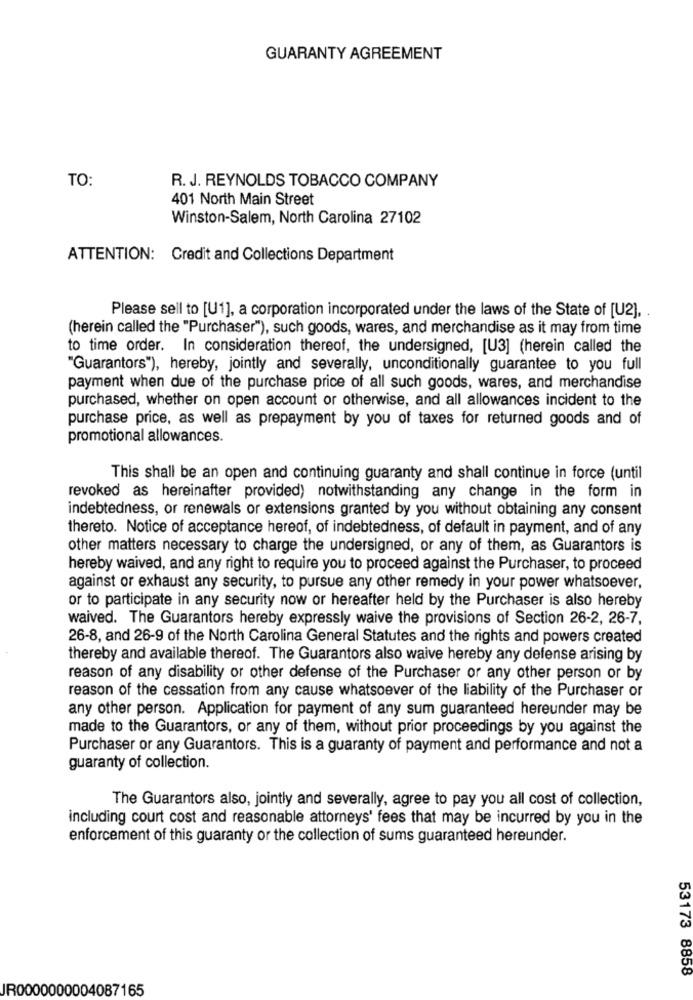
GUARANTY AGREEMENT
TO:
R. J. REYNOLDS TOBACCO COMPANY
401 North Main Street
Winston-Salem, North Carolina 27102
ATTENTION: Credit and Collections Department
Please sell to [U1], a corporation incorporated under the laws of the State of [U2],
(herein called the "Purchaser"), such goods, wares, and merchandise as it may from time
to time order. In consideration thereof, the undersigned, [U3] (herein called the
"Guarantors"), hereby, jointly and severally, unconditionally guarantee to you full
payment when due of the purchase price of all such goods, wares, and merchandise
purchased, whether on open account or otherwise, and all allowances incident to the
purchase price, as well as prepayment by you of taxes for returned goods and of
promotional allowances.
This shall be an open and continuing guaranty and shall continue in force (until
revoked as hereinafter provided) notwithstanding any change in the form in
indebtedness, or renewals or extensions granted by you without obtaining any consent
thereto. Notice of acceptance hereof, of indebtedness, of default in payment, and of any
other matters necessary to charge the undersigned, or any of them, as Guarantors is
hereby waived, and any right to require you to proceed against the Purchaser, to proceed
against or exhaust any security, to pursue any other remedy in your power whatsoever,
or to participate in any security now or hereafter held by the Purchaser is also hereby
waived. The Guarantors hereby expressly waive the provisions of Section 26-2, 26-7,
26-8, and 26-9 of the North Carolina General Statutes and the rights and powers created
thereby and available thereof. The Guarantors also waive hereby any defense arising by
reason of any disability or other defense of the Purchaser or any other person or by
reason of the cessation from any cause whatsoever of the liability of the Purchaser or
any other person. Application for payment of any sum guaranteed hereunder may be
made to the Guarantors, or any of them, without prior proceedings by you against the
Purchaser or any Guarantors. This is a guaranty of payment and performance and not a
guaranty of collection.
The Guarantors also, jointly and severally, agree to pay you all cost of collection,
including court cost and reasonable attorneys' fees that may be incurred by you in the
enforcement of this guaranty or the collection of sums guaranteed hereunder.
53173 8858
JR0000000004087165